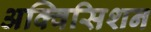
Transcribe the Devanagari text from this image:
अक्विसिशन